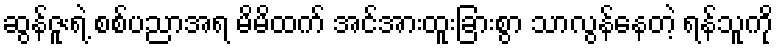
ဆွန်ဇူးရဲ့ စစ်ပညာအရ မိမိထက် အင်အားထူးခြားစွာ သာလွန်နေတဲ့ ရန်သူကို